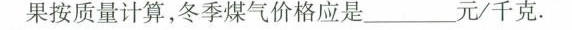
果按质量计算，冬季煤气价格应是___元/千克